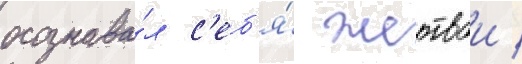
осознава́л с'еб'я́ жертвои /